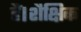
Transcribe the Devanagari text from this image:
हैं।शैक्षिक